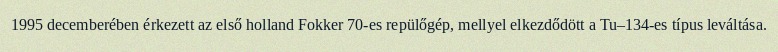
1995 decemberében érkezett az első holland Fokker 70-es repülőgép, mellyel elkezdődött a Tu–134-es típus leváltása.